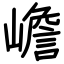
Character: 嶦